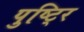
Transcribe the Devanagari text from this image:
पुष्टि्र